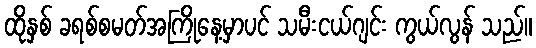
ထိုနှစ် ခရစ်စမတ်အကြိုနေ့မှာပင် သမီးငယ်ဂျင်း ကွယ်လွန် သည်။